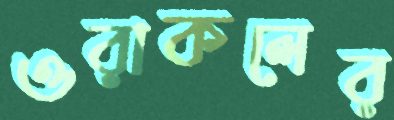
ওরাকলের